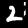
Digit: 2